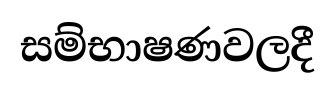
සම්භාෂණවලදී